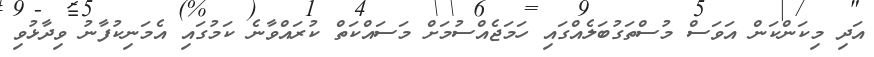
އަދި މިކަންކަން އަވަސް މުސްތަގުބަލެއްގައި ހަމަޖެއްސުމަށް މަސައްކަތް ކުރައްވާނެ ކަމުގައި އެމަނިކުފާނު ވިދާޅުވި